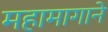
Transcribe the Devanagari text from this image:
महामागाने